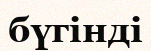
бүгінді